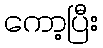
ကော့ပြီး